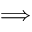
\Longrightarrow